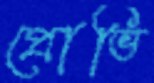
প্রোভি